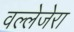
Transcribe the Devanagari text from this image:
वल्लेजेरा